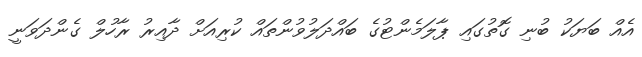
އެއް ބަޔަކު ބުނި ގޮތުގައި ޕާލަމެންޓުގެ ބައްދަލުވުންތައް ކުރިއަށް ދާއިރު ރާހުލް ގެންދަވަނީ